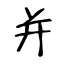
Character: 并